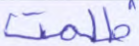
ظلمت